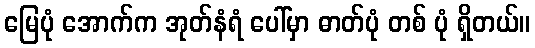
မြေပုံ အောက်က အုတ်နံရံ ပေါ်မှာ ဓာတ်ပုံ တစ် ပုံ ရှိတယ်။